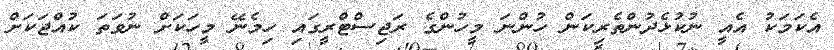
އެކަމަކު އެއީ ނުކުޅެދުންތެރިކަން ހުންނަ މީހުންގެ ރަޖިސްޓްރީގައި ހިމެނޭ މީހަކަށް ނުވަތަ ކުއްޖަކަށް